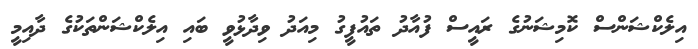
އިލެކްޝަންސް ކޮމިޝަނުގެ ރައީސް ފުއާދު ތައުފީގު މިއަދު ވިދާޅުވީ ބައި އިލެކްޝަންތަކުގެ ދާއިމީ